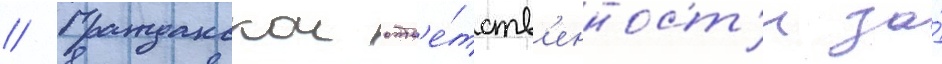
// Гражданскои отв'е́тств'енност'и за́